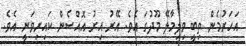
އަހަރުމެން ތިބީ ވިލިމާލޭ މޫދުގަ އެވެ. އޭރު އިރު އޮއްސެން ކައިރިވަނީ އެވެ.